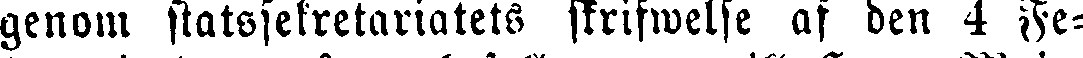
genom statssekretariatets skrifwelse af den 4 Fe-